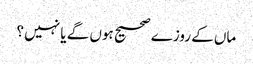
ماں کے روزے صحیح ہوں گے یا نہیں ؟